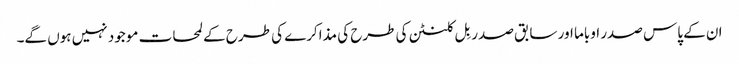
ان کے پاس صدر اوباما اور سابق صدر بِل کلنٹن کی طرح کی مذاکرے کی طرح کے لمحات موجود نہیں ہوں گے۔